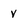
Character: v